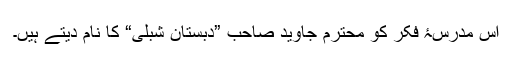
اس مدرسۂ فکر کو محترم جاوید صاحب ”دبستانِ شبلی“ کا نام دیتے ہیں۔